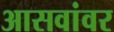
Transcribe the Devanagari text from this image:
आसवांवर